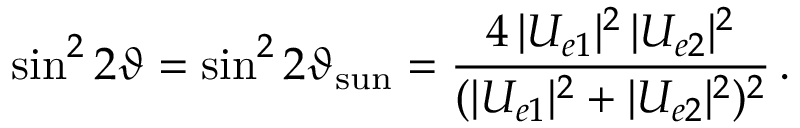
\sin ^ { 2 } 2 \vartheta = \sin ^ { 2 } 2 \vartheta _ { \mathrm { s u n } } = \frac { 4 \, | U _ { e 1 } | ^ { 2 } \, | U _ { e 2 } | ^ { 2 } } { ( | U _ { e 1 } | ^ { 2 } + | U _ { e 2 } | ^ { 2 } ) ^ { 2 } } \, .